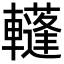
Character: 𨏕